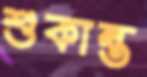
শুকান্ত